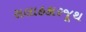
સલાહકારજૂથ